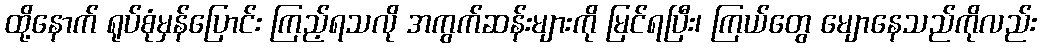
ထို့နောက် ရုပ်စုံမှန်ပြောင်း ကြည့်ရသလို အကွက်ဆန်းများကို မြင်ရပြီး၊ ကြယ်တွေ မျောနေသည်ကိုလည်း